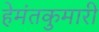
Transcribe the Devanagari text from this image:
हेमंतकुमारी